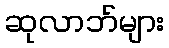
ဆုလာဘ်များ